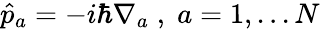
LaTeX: \hat{p}_{a}=-i\hbar\nabla_{a}\; ,\; a=1,...N